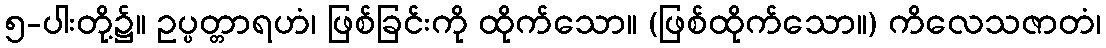
၅-ပါးတို့၌။ ဥပ္ပတ္တာရဟံ၊ ဖြစ်ခြင်းကို ထိုက်သော။ (ဖြစ်ထိုက်သော။) ကိလေသဇာတံ၊